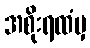
အစိုးရထံမှ